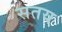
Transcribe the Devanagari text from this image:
सतय